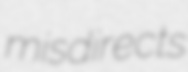
misdirects